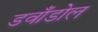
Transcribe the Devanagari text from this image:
डवाँडोल